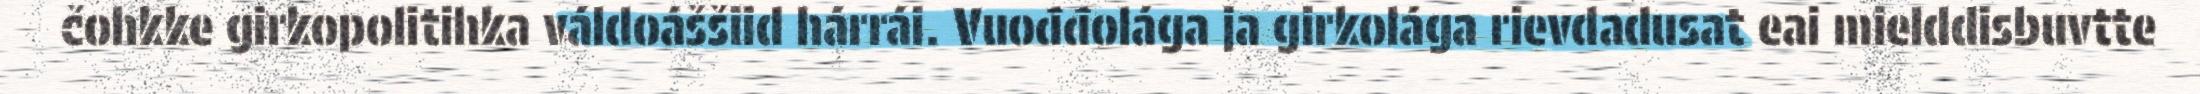
čohkke girkopolitihka váldoáššiid hárrái. Vuođđolága ja girkolága rievdadusat eai mielddisbuvtte